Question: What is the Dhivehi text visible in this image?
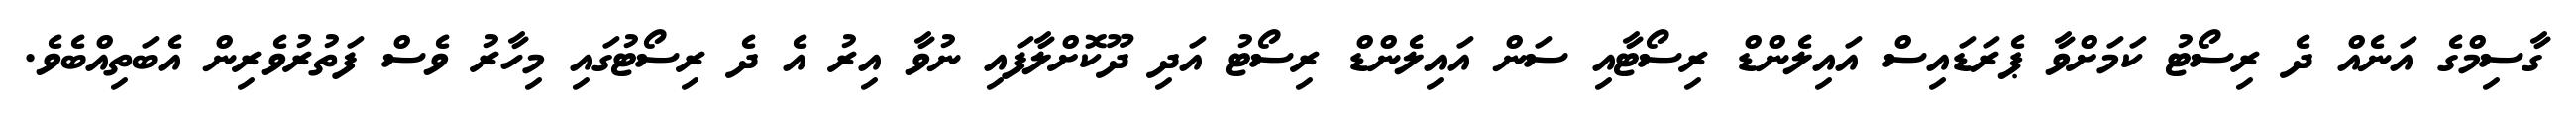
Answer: ގާސިމްގެ އަނެއް ދެ ރިސޯޓު ކަމަށްވާ ޕެރަޑައިސް އައިލެންޑް ރިސޯޓާއި ސަން އައިލެންޑް ރިސޯޓު އަދި ދޫކޮށްލާފައި ނުވާ އިރު އެ ދެ ރިސޯޓުގައި މިހާރު ވެސް ފަތުރުވެރިން އެބަތިއްބެވެ.